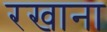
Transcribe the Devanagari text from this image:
रखाना